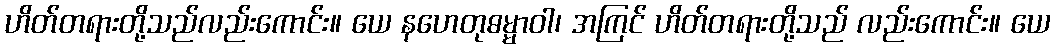
ဟိတ်တရားတို့သည်လည်းကောင်း။ ယေ နဟေတုဓမ္မာဝါ၊ အကြင် ဟိတ်တရားတို့သည် လည်းကောင်း။ ယေ